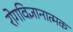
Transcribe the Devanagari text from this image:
रोगविज्ञानात्मक